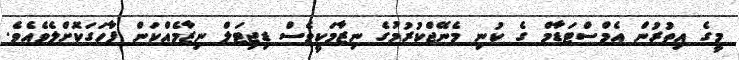
މީގެ އިތުރުން އެމްސްޓަޑާމް ގެ ކުނި މެނޭޖްކުރުމުގެ ނިޒާމަކީވެސް ޑިޖިޓަލް ނިޒާމެއްކަން ފާހަގަކޮށްލެވެއެވެ.